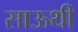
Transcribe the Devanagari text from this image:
साऊथी